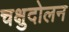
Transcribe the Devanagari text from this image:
चक्षुदोलन